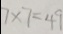
7 \times 7 = 4 9